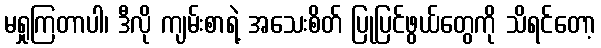
မရှုကြတာပါ၊ ဒီလို ကျမ်းစာရဲ့ အသေးစိတ် ပြုပြင်ဖွယ်တွေကို သိရင်တော့